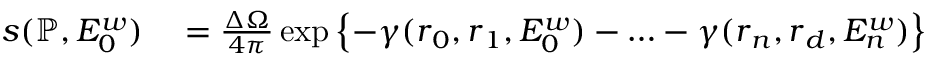
\begin{array} { r l } { s ( \mathbb { P } , E _ { 0 } ^ { w } ) } & { { } = \frac { \Delta \Omega } { 4 \pi } \exp \left\{ - \gamma ( \boldsymbol { r } _ { 0 } , \boldsymbol { r } _ { 1 } , E _ { 0 } ^ { w } ) - \ldots - \gamma ( \boldsymbol { r } _ { n } , \boldsymbol { r } _ { d } , E _ { n } ^ { w } ) \right\} } \end{array}